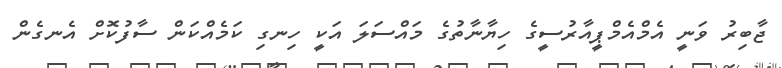
ޖާބިރު ވަނީ އެމްއެމްޕީއާރުސީގެ ހިޔާނާތުގެ މައްސަލަ އަކީ ހިނގި ކަމެއްކަން ސާފުކޮށް އެނގެން